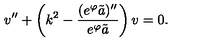
v ^ { \prime \prime } + \left( k ^ { 2 } - { \frac { ( e ^ { \varphi } \tilde { a } ) ^ { \prime \prime } } { e ^ { \varphi } \tilde { a } } } \right) v = 0 .